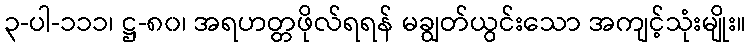
၃-ပါ-၁၁၁၊ ဋ္ဌ-၈၀၊ အရဟတ္တဖိုလ်ရရန် မချွတ်ယွင်းသော အကျင့်သုံးမျိုး။